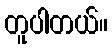
တူပါတယ်။